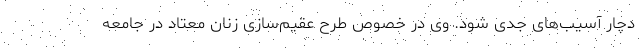
دچار آسیب‌های جدی شود. وی در خصوص طرح عقیم‌سازی زنان معتاد در جامعه